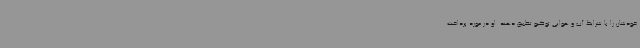
خودشان را با شرایط آب و هوایی توکیو تطبیق دهند. او در مورد پرداخت